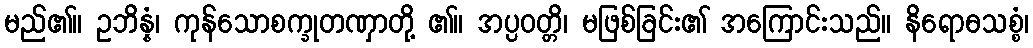
မည်၏။ ဥဘိန္နံ၊ ကုန်သောစက္ခုတဏှာတို့ ၏။ အပ္ပဝတ္တိ၊ မဖြစ်ခြင်း၏ အကြောင်းသည်။ နိရောဓသစ္စံ၊